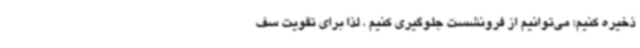
ذخیره کنیم؛ می‌توانیم از فرونشست جلوگیری کنیم ، لذا برای تقویت سف